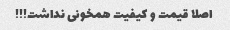
اصلا قیمت و کیفیت همخونی نداشت!!!